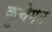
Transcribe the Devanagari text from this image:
कुचेमन